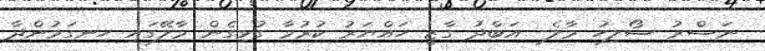
ނަސްރު ސޯލިހު މާލެ- އަބްދު ގާޒީ ހައްޔަރު ކުރުމާ ގުޅިގެން މާލޭގައި ހިނގަމުންދާ